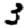
Digit: 3